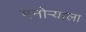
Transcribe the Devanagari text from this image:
मनोऱ्याला